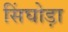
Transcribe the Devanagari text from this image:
सिंघोड़ा